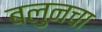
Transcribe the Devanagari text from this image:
बलुनचा